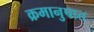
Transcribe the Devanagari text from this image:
क्रमानुपात